Annual report on the Civil Veterinary Department, Burma (including the Insein Veterinary School) - 1932-1941
Year: 1932
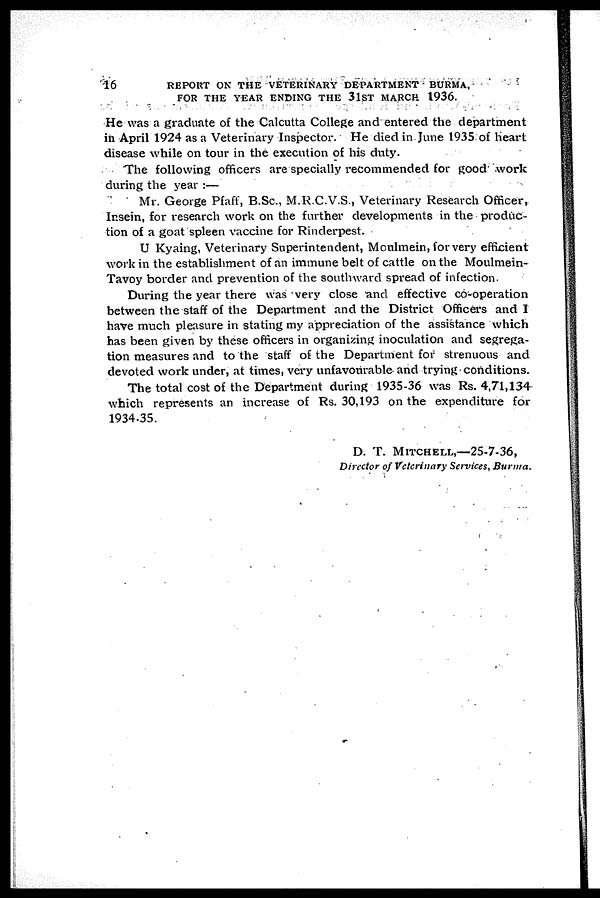
16
REPORT ON THE VETERINARY DEPARTMENT BURMA,
FOR THE YEAR ENDING THE 31ST MARCH 1936.
He was a graduate of the Calcutta College and entered the department
in April 1924 as a Veterinary Inspector. He died in June 1935 of heart
disease while on tour in the execution of his duty.
The following officers are specially recommended for good work
during the year :—
Mr. George Pfaff, B.Sc., M.R.C.V.S., Veterinary Research Officer,
Insein, for research work on the further developments in the produc-
tion of a goat spleen vaccine for Rinderpest.
U Kyaing, Veterinary Superintendent, Moulmein, for very efficient
work in the establishment of an immune belt of cattle on the Moulmein-
Tavoy border and prevention of the southward spread of infection.
During the year there was very close and effective co-operation
between the staff of the Department and the District Officers and I
have much pleasure in stating my appreciation of the assistance which
has been given by these officers in organizing inoculation and segrega-
tion measures and to the staff of the Department for strenuous and
devoted work under, at times, very unfavourable and trying conditions.
The total cost of the Department during 1935-36 was Rs. 4,71,134
which represents an increase of Rs. 30,193 on the expenditure for
1934-35.
D. T. MITCHELL,—25-7-36,
Director of Veterinary Services, Burma.